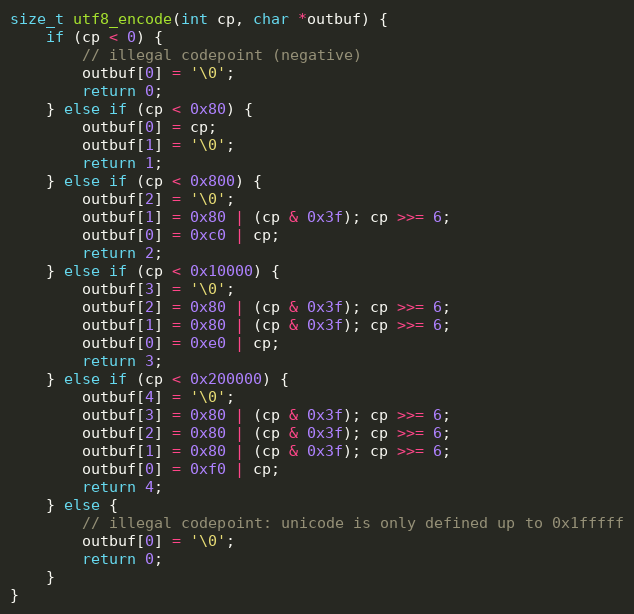
Language: C++
size_t utf8_encode(int cp, char *outbuf) {
	if (cp < 0) {
		// illegal codepoint (negative)
		outbuf[0] = '\0';
		return 0;
	} else if (cp < 0x80) {
		outbuf[0] = cp;
		outbuf[1] = '\0';
		return 1;
	} else if (cp < 0x800) {
		outbuf[2] = '\0';
		outbuf[1] = 0x80 | (cp & 0x3f); cp >>= 6;
		outbuf[0] = 0xc0 | cp;
		return 2;
	} else if (cp < 0x10000) {
		outbuf[3] = '\0';
		outbuf[2] = 0x80 | (cp & 0x3f); cp >>= 6;
		outbuf[1] = 0x80 | (cp & 0x3f); cp >>= 6;
		outbuf[0] = 0xe0 | cp;
		return 3;
	} else if (cp < 0x200000) {
		outbuf[4] = '\0';
		outbuf[3] = 0x80 | (cp & 0x3f); cp >>= 6;
		outbuf[2] = 0x80 | (cp & 0x3f); cp >>= 6;
		outbuf[1] = 0x80 | (cp & 0x3f); cp >>= 6;
		outbuf[0] = 0xf0 | cp;
		return 4;
	} else {
		// illegal codepoint: unicode is only defined up to 0x1fffff
		outbuf[0] = '\0';
		return 0;
	}
}